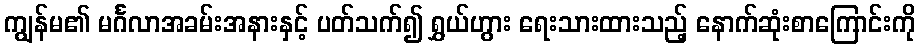
ကျွန်မ၏ မင်္ဂလာအခမ်းအနားနှင့် ပတ်သက်၍ ရွှယ်ဟွား ရေးသားထားသည့် နောက်ဆုံးစာကြောင်းကို